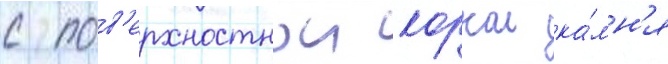
с пов'ерхностнои коркои ка́мн'я